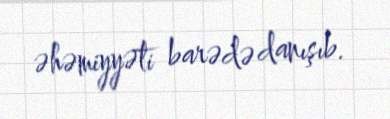
əhəmiyyəti barədə danışıb.